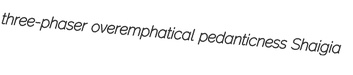
three-phaser overemphatical pedanticness Shaigia